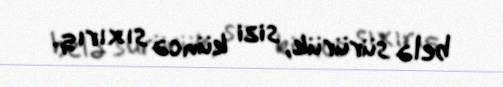
belə sürürük, sizi küncə sıxırıq.